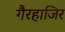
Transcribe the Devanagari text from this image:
गैरहाजिर